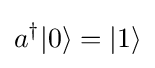
a^{\dagger }|0\rangle =|1\rangle